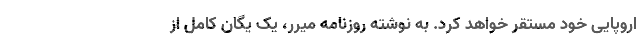
اروپایی خود مستقر خواهد کرد. به نوشته روزنامه میرر، یک یگان کامل از